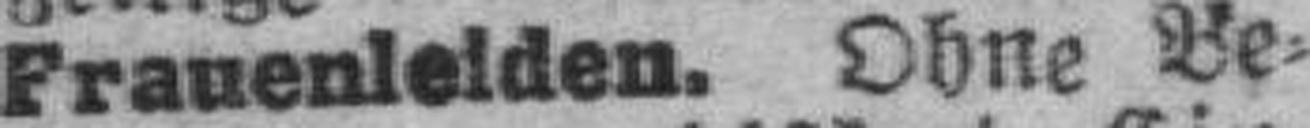
Frauenleiden. Ohne Be¬